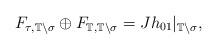
LaTeX: \begin{align*}F_{\tau,\mathbb T\setminus\sigma}\oplus F_{\mathbb T,\mathbb T\setminus\sigma} = J h_{01}|_{\mathbb T\setminus\sigma},\end{align*}